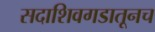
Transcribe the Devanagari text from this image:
सदाशिवगडातूनच